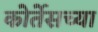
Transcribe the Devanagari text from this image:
कोर्तेसच्या